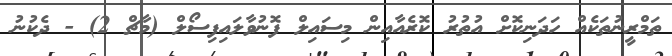
ތަމްރީނުތަކެއް ހަދަނިކޮށް އުތުރު ކޮރެއާއިން މިސައިލް ފޮނުވާލައިފިސޯލް (މާޗް 2) - ދެކުނު